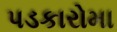
પડકારોમા